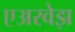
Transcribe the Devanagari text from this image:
एअरवेझ